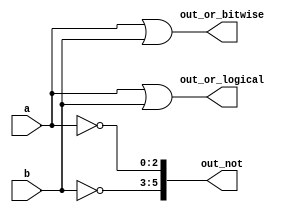
//bitwise op - for all the bits logic is applied
//logical - tests vector as boolean (true = non-zero, false = zero) and produces a 1-bit output.

module top_module( 
    input [2:0] a,
    input [2:0] b,
    output [2:0] out_or_bitwise,
    output out_or_logical,
    output [5:0] out_not
);
    assign out_or_bitwise= a | b;
    assign out_or_logical= a || b;
    assign out_not[2:0] = ~a;
    assign out_not[5:3]=~b;

endmodule